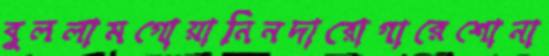
বুললামগোয়ানিনদারোগারেশোনা